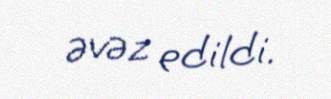
əvəz edildi.